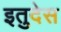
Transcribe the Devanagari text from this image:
इतुदेस